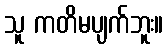
သူ ကတိမပျက်ဘူး။